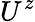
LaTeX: U^{z}